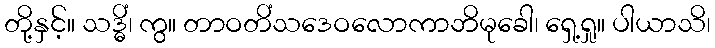
တို့နှင့်။ သဒ္ဓိံ၊ ကွ။ တာဝတိံသဒေဝလောကာဘိမုခေါ၊ ရှေ့ရှု။ ပါယာသိ၊